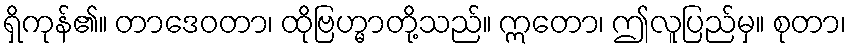
ရှိကုန်၏။ တာဒေဝတာ၊ ထိုဗြဟ္မာတို့သည်။ ဣတော၊ ဤလူပြည်မှ။ စုတာ၊